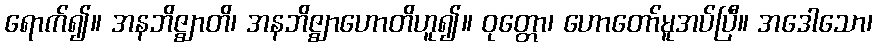
ရောက်၍။ အနဘိဇ္ဈာတိ၊ အနဘိဇ္ဈာဟောတိဟူ၍။ ဝုတ္တော၊ ဟောတော်မူအပ်ပြီ။ အဒေါသော၊